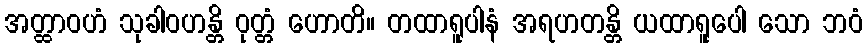
အတ္ထာဝဟံ သုခါဝဟန္တိ ဝုတ္တံ ဟောတိ။ တထာရူပါနံ အရဟတန္တိ ယထာရူပေါ သော ဘဝံ